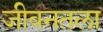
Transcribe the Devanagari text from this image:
जीवनतला